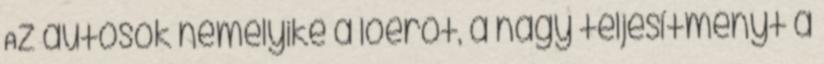
Az autósok némelyike a lóerőt, a nagy teljesítményt a